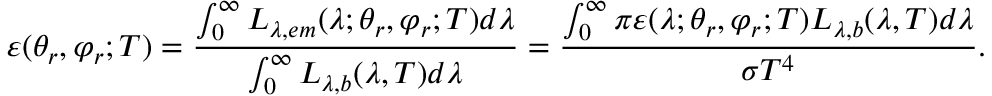
\varepsilon ( \theta _ { r } , \varphi _ { r } ; T ) = \frac { \int _ { 0 } ^ { \infty } L _ { \lambda , e m } ( \lambda ; \theta _ { r } , \varphi _ { r } ; T ) d \lambda } { \int _ { 0 } ^ { \infty } L _ { \lambda , b } ( \lambda , T ) d \lambda } = \frac { \int _ { 0 } ^ { \infty } \pi \varepsilon ( \lambda ; \theta _ { r } , \varphi _ { r } ; T ) L _ { \lambda , b } ( \lambda , T ) d \lambda } { \sigma T ^ { 4 } } \mathrm { . }